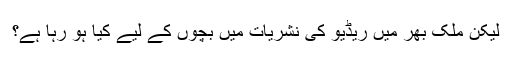
لیکن ملک بھر میں ریڈیو کی نشریات میں بچوں کے لیے کیا ہو رہا ہے؟